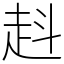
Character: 﨣